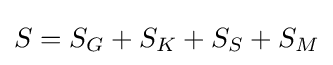
S=S_{G}+S_{K}+S_{S}+S_{M}